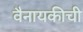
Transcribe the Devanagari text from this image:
वैनायकीची